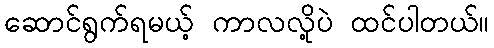
ဆောင်ရွက်ရမယ့် ကာလလို့ပဲ ထင်ပါတယ်။